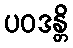
ပဝဒန္တိ